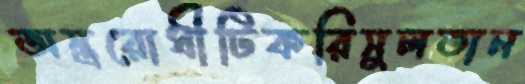
অস্ত্ররোধীটিকরিসুলতান